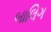
બાલિગ